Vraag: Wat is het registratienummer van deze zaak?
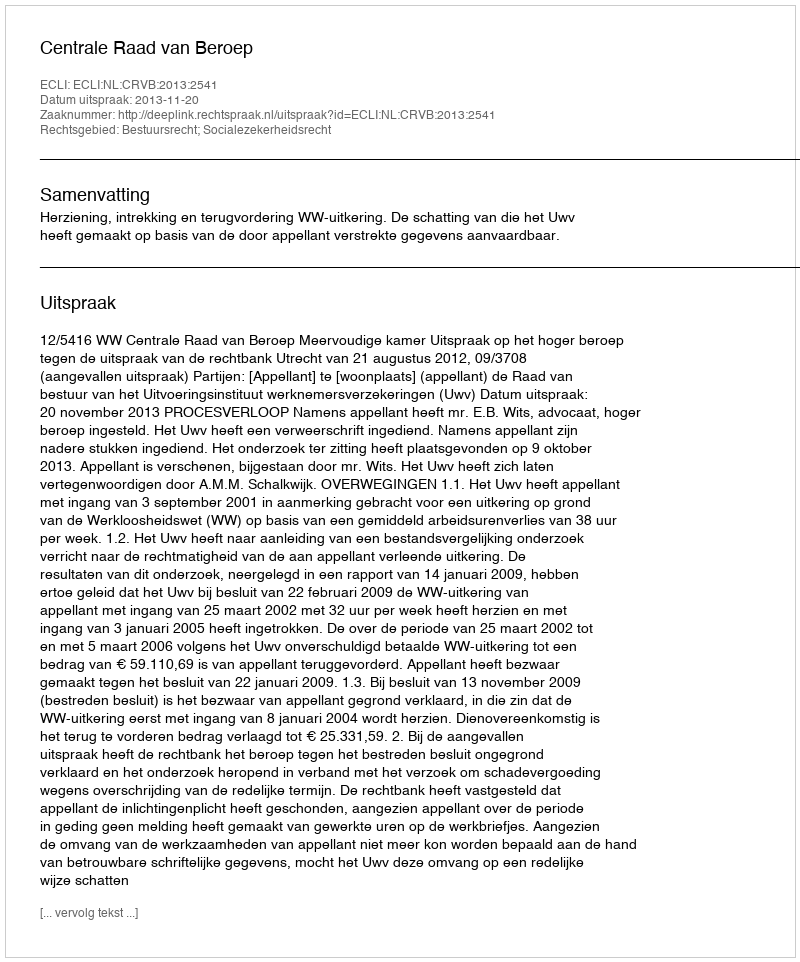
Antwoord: http://deeplink.rechtspraak.nl/uitspraak?id=ECLI:NL:CRVB:2013:2541